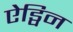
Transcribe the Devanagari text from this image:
ऐड्विन